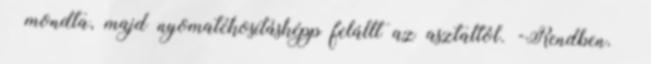
– mondta, majd nyomatékosításképp felállt az asztaltól. -Rendben. –